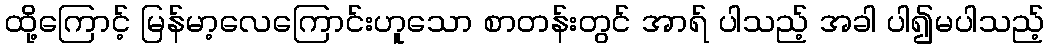
ထို့ကြောင့် မြန်မာ့လေကြောင်းဟူသော စာတန်းတွင် အာရ် ပါသည့် အခါ ပါ၍မပါသည့်